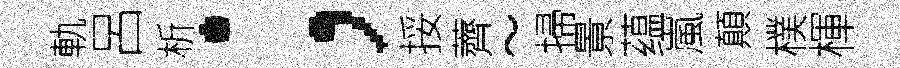
軌呂析；挼薺~掃㬌蕴嵐顛樸楎